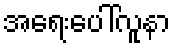
အရေးပေါ်လူနာ